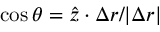
\cos \theta = \boldsymbol { \hat { z } } \cdot \boldsymbol { \Delta r } / \vert \boldsymbol { \Delta r } \vert